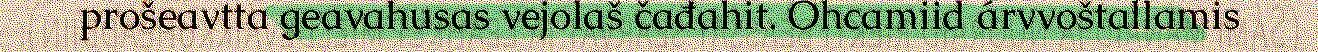
prošeavtta geavahusas vejolaš čađahit. Ohcamiid árvvoštallamis